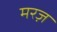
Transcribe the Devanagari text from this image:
मरज़